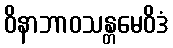
ဝိနာဘာဝသန္တမေဝိဒံ